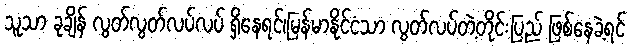
သူသာ ခုချိန် လွတ်လွတ်လပ်လပ် ရှိနေရင်၊မြန်မာနိုင်ငံသာ လွတ်လပ်တဲ့တိုင်းပြည် ဖြစ်နေခဲ့ရင်